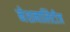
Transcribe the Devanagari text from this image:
नेशनालिटीज